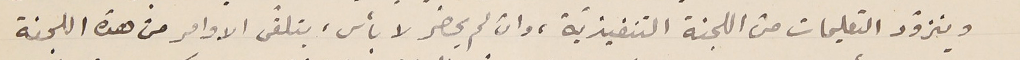
ويتزوّد التعليمات من اللجنة التنفيذيّة، وان لم يحضر لا بأس، يتلقى الاوامر من هذه اللجنة